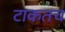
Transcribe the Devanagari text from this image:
टाकतच